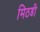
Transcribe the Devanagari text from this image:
मिठडी